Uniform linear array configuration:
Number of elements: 16
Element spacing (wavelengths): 0.75
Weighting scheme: exponential
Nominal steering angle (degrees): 45
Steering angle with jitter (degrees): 45.591
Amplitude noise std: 0.05
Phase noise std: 0.05

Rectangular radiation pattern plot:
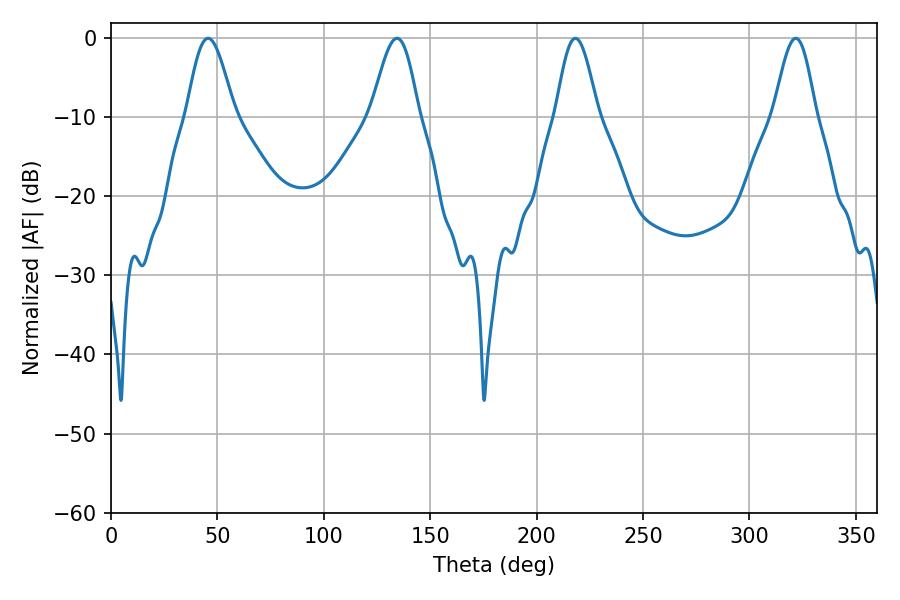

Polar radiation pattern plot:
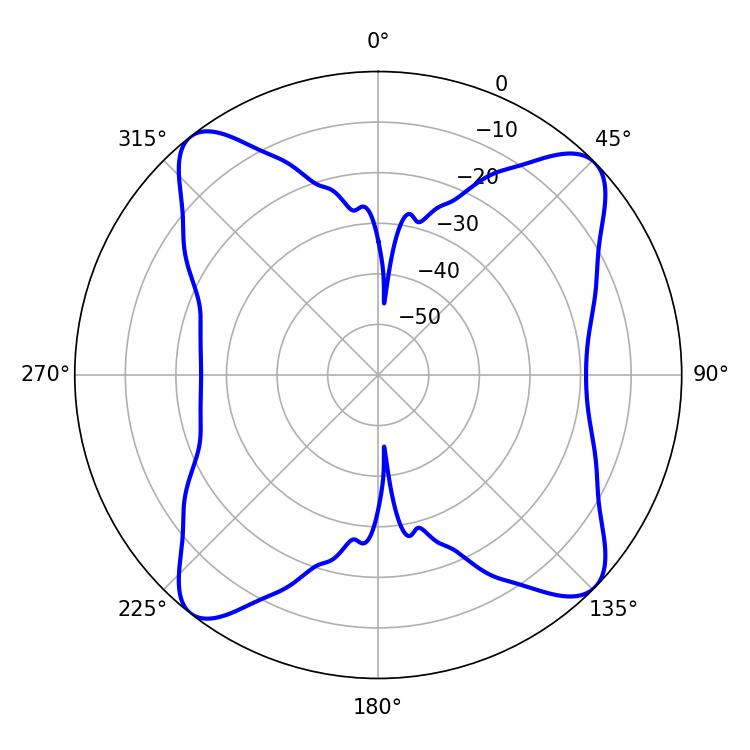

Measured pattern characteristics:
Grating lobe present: TRUE
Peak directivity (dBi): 13.361
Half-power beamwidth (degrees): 11.88
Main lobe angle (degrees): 45.54